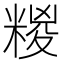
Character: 糉